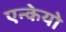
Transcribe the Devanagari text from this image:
एन्केयो